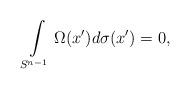
LaTeX: \begin{align*}\int \limits_{S^{n-1}}\Omega(x^{\prime})d\sigma(x^{\prime})=0,\end{align*}